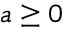
a \ge 0